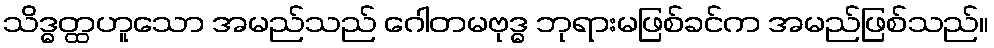
သိဒ္ဓတ္ထဟူသော အမည်သည် ဂေါတမဗုဒ္ဓ ဘုရားမဖြစ်ခင်က အမည်ဖြစ်သည်။